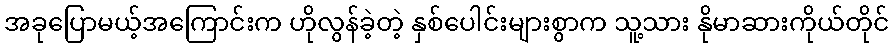
အခုပြောမယ့်အကြောင်းက ဟိုလွန်ခဲ့တဲ့ နှစ်ပေါင်းများစွာက သူ့သား နိုမာဆားကိုယ်တိုင်